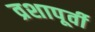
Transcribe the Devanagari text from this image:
व्रशापूर्वी